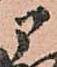
部